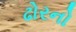
ઢોરનો